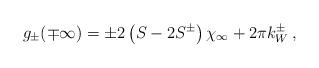
LaTeX: \begin{align*}g_{\pm }(\mp \infty )=\pm 2\left( S-2S^{\pm }\right) \chi _{\infty }+2\pi k^{\pm }_{W}\: ,\end{align*}